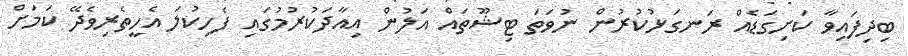
ބިދިފައިވާ ކަށިގަޑެއް ރަނގަޅުކުރުން ނުވަތަ ޓިޝޫތައް އަލުން އިއާދަކުރުމުގައި ފެހިކުލަ އެހީތެރިވެދޭ ކަމަށް